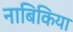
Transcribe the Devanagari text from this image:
नाबिकिया